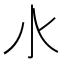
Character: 𣱱